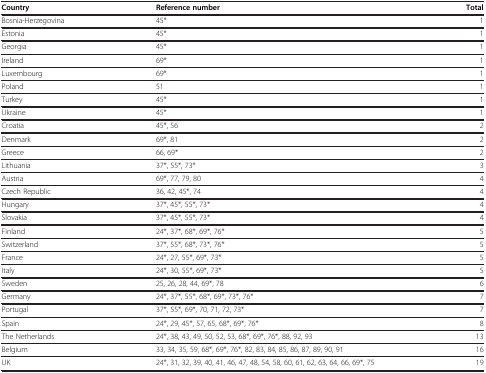
| Country | Reference number | Total |
 | --- | --- | --- |
 | Bosnia-Herzegovina | 45* | 1 |
 | Estonia | 45* | 1 |
 | Georgia | 45* | 1 |
 | Ireland | 69* | 1 |
 | Luxembourg | 69* | 1 |
 | Poland | 51 | 1 |
 | Turkey | 45* | 1 |
 | Ukraine | 45* | 1 |
 | Croatia | 45*, 56 | 2 |
 | Denmark | 69*, 81 | 2 |
 | Greece | 66, 69* | 2 |
 | Lithuania | 37*, 55*, 73* | 3 |
 | Austria | 69*, 77, 79, 80 | 4 |
 | Czech Republic | 36, 42, 45*, 74 | 4 |
 | Hungary | 37*, 45*, 55*, 73* | 4 |
 | Slovakia | 37*, 45*, 55*, 73* | 4 |
 | Finland | 24*, 37*, 68*, 69*, 76* | 5 |
 | Switzerland | 37*, 55*, 68*, 73*, 76* | 5 |
 | France | 24*, 27, 55*, 69*, 73* | 5 |
 | Italy | 24*, 30, 55*, 69*, 73* | 5 |
 | Sweden | 25, 26, 28, 44, 69*, 78 | 6 |
 | Germany | 24*, 37*, 55*, 68*, 69*, 73*, 76* | 7 |
 | Portugal | 37*, 55*, 69*, 70, 71, 72, 73* | 7 |
 | Spain | 24*, 29, 45*, 57, 65, 68*, 69*, 76* | 8 |
 | The Netherlands | 24*, 38, 43, 49, 50, 52, 53, 68*, 69*, 76*, 88, 92, 93 | 13 |
 | Belgium | 33, 34, 35, 59, 68*, 69*, 76*, 82, 83, 84, 85, 86, 87, 89, 90, 91 | 16 |
 | UK | 24*, 31, 32, 39, 40, 41, 46, 47, 48, 54, 58, 60, 61, 62, 63, 64, 66, 69*, 75 | 19 |